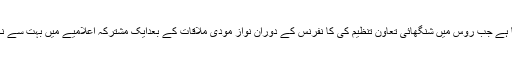
ص یہ سب کچھ اس وقت ہورہا ہے جب روس میں شنگھائی تعاون تنظیم کی کا نفرنس کے دوران نواز مودی ملاقات کے بعدایک مشترکہ اعلامیے میں بہت سے نکات پر اتفاق ظاہر کیا گیا تھا ۔